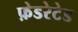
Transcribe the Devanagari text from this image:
फ़ेडरेटेड